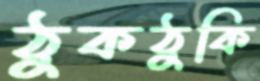
ঠুকঠুকি